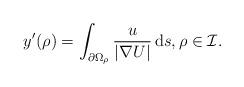
LaTeX: \begin{align*} y^{\prime}(\rho)=\int_{\partial\Omega_{\rho}}\frac{u}{|\nabla U|} \,\mathrm{ d}s,\rho\in\cal I.\end{align*}